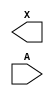
module sky130_fd_sc_lp__bufkapwr (
    X,
    A
);

    output X;
    input  A;

    // Voltage supply signals
    supply1 VPWR ;
    supply0 VGND ;
    supply1 KAPWR;
    supply1 VPB  ;
    supply0 VNB  ;

endmodule